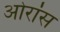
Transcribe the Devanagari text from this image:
ओरांंस